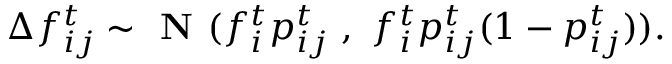
\Delta f _ { i j } ^ { t } \sim \textbf { N } ( f _ { i } ^ { t } { p } _ { i j } ^ { t } \ , \ f _ { i } ^ { t } { p } _ { i j } ^ { t } ( 1 - { p } _ { i j } ^ { t } ) ) .